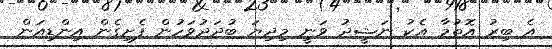
އެ ބިރު އޮތުމާ އެކު ނަޝީދު ވަނީ މިދިޔަ ބުދަދުވަހުން ފެށިގެން އިންޑިއަން